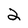
Character: 2